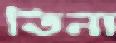
তিনা